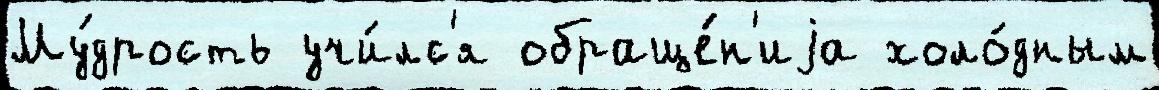
Му́дрость учи́лс'я обраще́н'иjа холо́дным